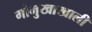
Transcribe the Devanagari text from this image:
गोमुखाखाली